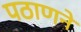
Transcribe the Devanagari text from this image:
पठाणने